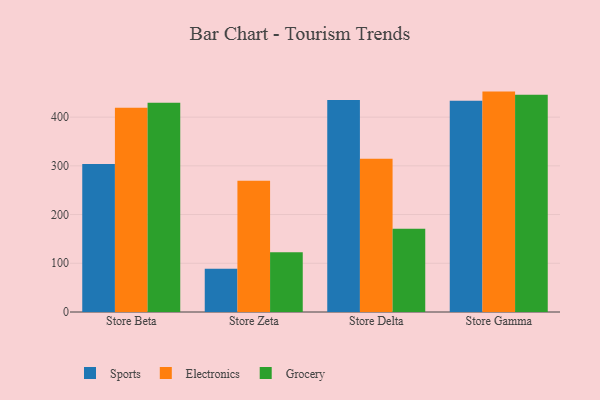
{"axis": {"x": "Store", "y": "Market Share (%)"}, "legend": ["Electronics", "Grocery", "Sports"], "data": [{"x": "Store Beta", "y": 303.7, "type": "Sports"}, {"x": "Store Beta", "y": 419.1, "type": "Electronics"}, {"x": "Store Beta", "y": 429.4, "type": "Grocery"}, {"x": "Store Zeta", "y": 88.8, "type": "Sports"}, {"x": "Store Zeta", "y": 269.2, "type": "Electronics"}, {"x": "Store Zeta", "y": 122.5, "type": "Grocery"}, {"x": "Store Delta", "y": 435.2, "type": "Sports"}, {"x": "Store Delta", "y": 314.6, "type": "Electronics"}, {"x": "Store Delta", "y": 170.8, "type": "Grocery"}, {"x": "Store Gamma", "y": 433.8, "type": "Sports"}, {"x": "Store Gamma", "y": 452.4, "type": "Electronics"}, {"x": "Store Gamma", "y": 445.7, "type": "Grocery"}]}